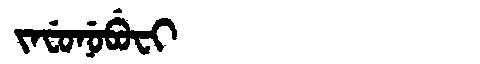
Manchu: ᠵᠠᠸᡠᠨᡠᠪᡠᠸᡳ
Romanization: JAFUNUBUFI